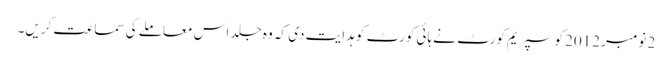
2 نومبر 2012 کو سپریم کورٹ نے ہائی کورٹ کو ہدایت دی کہ وہ جلد اس معاملے کی سماعت کریں۔